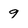
Character: q